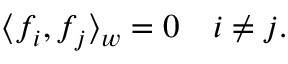
\langle f _ { i } , f _ { j } \rangle _ { w } = 0 \quad i \neq j .